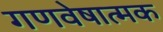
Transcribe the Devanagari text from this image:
गणवेषात्मक